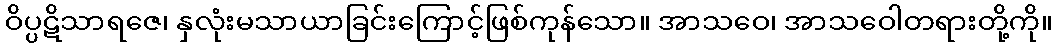
ဝိပ္ပဋိသာရဇေ၊ နှလုံးမသာယာခြင်းကြောင့်ဖြစ်ကုန်သော။ အာသဝေ၊ အာသဝေါတရားတို့ကို။